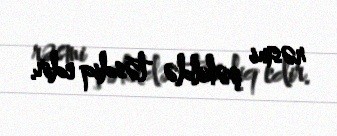
rəsmi şəkildə təsdiq edir.